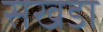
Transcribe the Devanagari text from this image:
सखडा